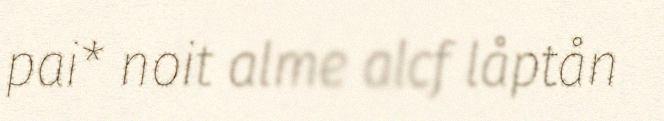
pai* noit alme alcf låptån